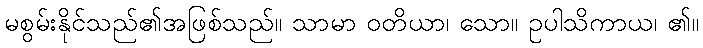
မစွမ်းနိုင်သည်၏အဖြစ်သည်။ သာမာ ဝတိယာ၊ သော။ ဥပါသိကာယ၊ ၏။